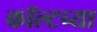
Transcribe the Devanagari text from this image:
कॉल्टच्या